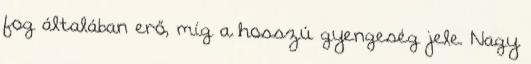
fog általában erő, míg a hosszú gyengeség jele. Nagy